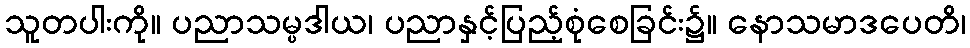
သူတပါးကို။ ပညာသမ္ပဒါယ၊ ပညာနှင့်ပြည့်စုံစေခြင်း၌။ နောသမာဒပေတိ၊